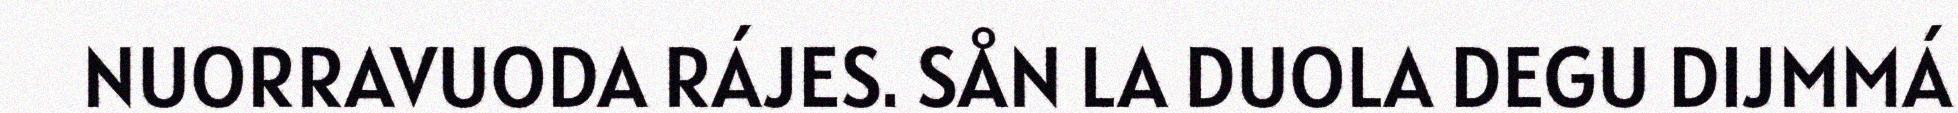
NUORRAVUODA RÁJES. SÅN LA DUOLA DEGU DIJMMÁ